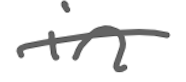
Text: in
Cross-out: single-line
Writing tool: digital_gray